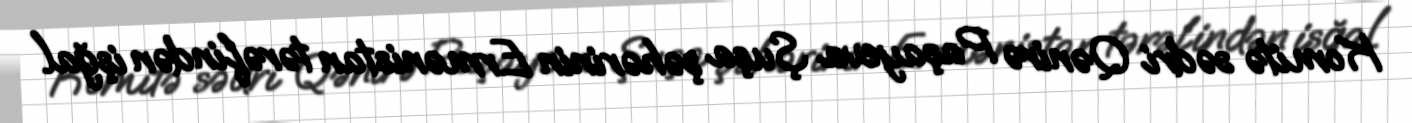
Komitə sədri Qənirə Paşayeva Şuşa şəhərinin Ermənistan tərəfindən işğal